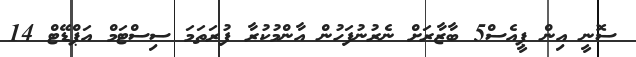
ސޮނީ އިން ޕީއެސް5 ބާޒާރަށް ނެރުނުފަހުން އާންމުކުރާ ފުރަތަމަ ސިސްޓަމް އަޕްޑޭޓް 14